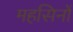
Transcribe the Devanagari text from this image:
महसिनों